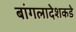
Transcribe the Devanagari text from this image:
बांगलादेशकडे